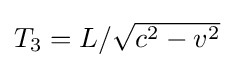
{\textstyle T_{3}=L/{\sqrt {c^{2}-v^{2}}}}